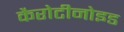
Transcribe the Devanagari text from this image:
कैरोटीनोइड